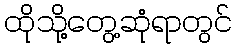
ထိုသို့တွေ့ဆုံရာတွင်